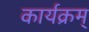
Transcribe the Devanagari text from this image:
कार्यक्रम्